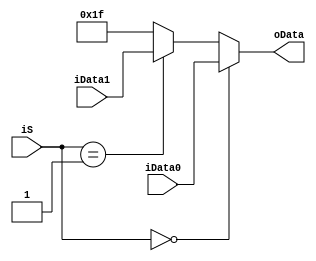
`timescale 1ns / 1ps
//////////////////////////////////////////////////////////////////////////////////
// Company: 
// Engineer: 
// 
// Design Name: 
// Module Name: MUX5bit3_1
// Project Name: 
// Target Devices: 
// Tool Versions: 
// Description: 
// 
// Dependencies: 
// 
// Revision:
// Revision 0.01 - File Created
// Additional Comments:
// 
//////////////////////////////////////////////////////////////////////////////////


module MUX5bit3_1(
   input [4:0]iData0,
   input [4:0]iData1,
   input [1:0]iS,
   output reg [4:0]oData
    );
   always @(*)
   begin
   if(iS==2'b00)
     oData=iData0;
   else if(iS==2'b01)
     oData=iData1;
   else
     oData=5'b11111;
   end
endmodule